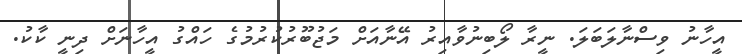
އީހާނު ވިސްނާލަބަލަ. ނީރާ ލޯބިނުވާއިރު އޭނާއަށް މަޖުބޫރުކުރުމުގެ ހައްގު އީހާނަށް ދިނީ ކާކު.